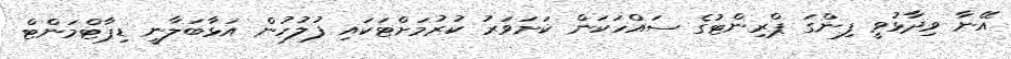
އޭނާ ވިދާޅުވީ ފިންގަ ޕްރިންޓުގެ ސައްހަކަން ކަށަވަރު ކުރުމަށްޓަކައި ފުލުހުން އަޅާބަލާނީ ޑިޕާޓްމަންޓް